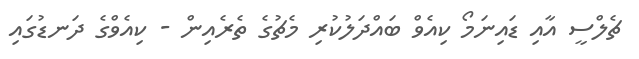
ޗެލްސީ އާއި ޑައިނަމޯ ކިއެވް ބައްދަލުކުރި މެޗުގެ ތެރެއިން - ކިއެވްގެ ދަނޑުގައި